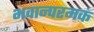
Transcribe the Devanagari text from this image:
भवान्परमकं